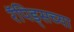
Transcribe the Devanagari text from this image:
रॅपिड्सच्या